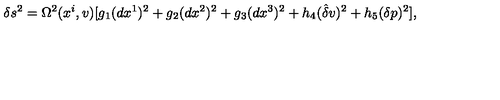
\delta s ^ { 2 } = \Omega ^ { 2 } ( x ^ { i } , v ) [ g _ { 1 } ( d x ^ { 1 } ) ^ { 2 } + g _ { 2 } ( d x ^ { 2 } ) ^ { 2 } + g _ { 3 } ( d x ^ { 3 } ) ^ { 2 } + h _ { 4 } ( \hat { { \delta } } v ) ^ { 2 } + h _ { 5 } ( \delta p ) ^ { 2 } ] ,